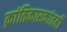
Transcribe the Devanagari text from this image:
क्रांतिकारकांतही